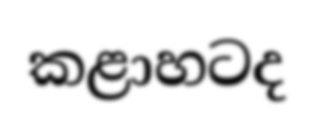
කළාහටද